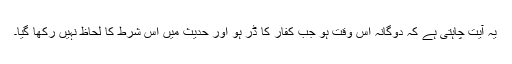
یہ آیت چاہتی ہے کہ دوگانہ اس وقت ہو جب کفار کا ڈر ہو اور حدیث میں اس شرط کا لحاظ نہیں رکھا گیا۔